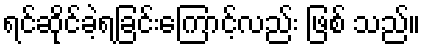
ရင်ဆိုင်ခဲ့ရခြင်းကြောင့်လည်း ဖြစ် သည်။